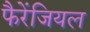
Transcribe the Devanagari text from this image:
फैरेंजियल